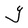
Character: Y